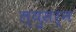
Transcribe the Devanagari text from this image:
ल्युसर्न